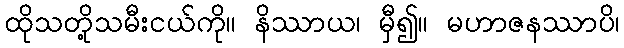
ထိုသတို့သမီးငယ်ကို။ နိဿာယ၊ မှီ၍။ မဟာဇနဿာပိ၊